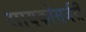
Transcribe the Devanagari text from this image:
सायकोसर्जरी